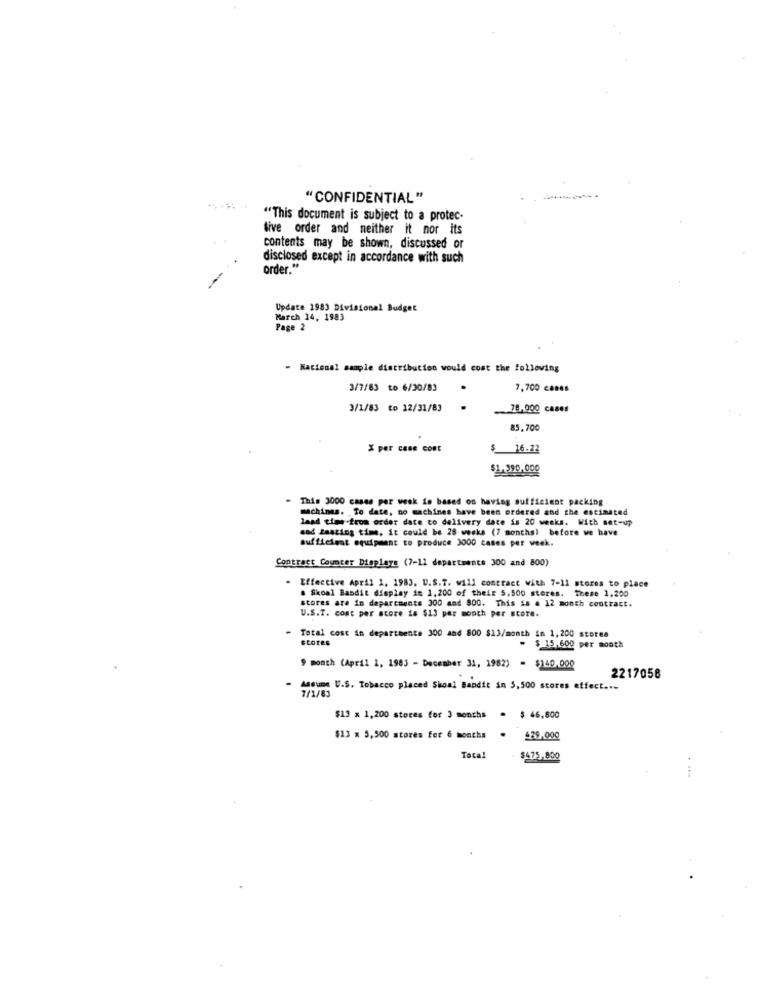
"CONFIDENTIAL"
"This document is subject to a protec-
tive order and neither it nor its
contents may be shown, discussed or
disclosed except in accordance with such
order."
Update 1983 Divisional Budget
March 14, 1983
Page 2
- Nacional sample distribution would cost the following
3/7/63 to 6/30/83
7,700 canes
3/1/83 to 12/31/83
78,000 cases
85.700
X per cane cost
16.22
$1.390,000
- This 3000 cases per week is based on having sufficient packing
machines. To date, no machines have been ordered and the estimated
laad time -from order date to delivery date is 20 weeks. With set-up
sad tasting time, it could be 28 weeks (7 months) before we have
sufficient equipment to produce 3000 cases per week.
Contract Counter Displays (7-11 departments 300 and 800)
Effective April 1, 1983, U.S.7. will contract with 7-11 stores to place
. Skoal Bandit display in 1,200 of their 5, 500 stores. These 1,200
stores are in departments 300 and 800. This is a 12 month contract.
U.S.T. cost per score is $13 per month per store.
Total cost in departments 300 and 800 $13/month in 1,200 stores
scores
$ 15,600 per month
month (April 1, 1983 - December 31, 1982) = $140,000
2217058
Assume U.S. Tobacco placed Skoal Bandit in 5,500 scores effect ...
$13 x 1,200 stores for 3 months = $ 46,800
$13 x 5,500 stores for 6 months
429.000
Total
$475,800